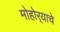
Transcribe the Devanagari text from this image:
मोहोर्‍याचे